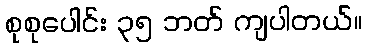
စုစုပေါင်း ၃၅ ဘတ် ကျပါတယ်။